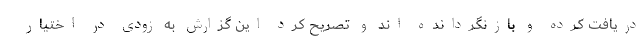
دریافت کرده و بازنگردانده اند و تصریح کرد این گزارش به زودی در اختیار